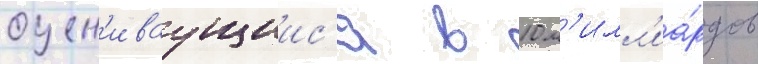
оцен'иваущиис'я в 10 м'илл'иа́рдов